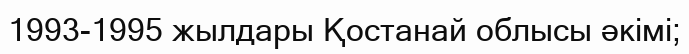
1993-1995 жылдары Қостанай облысы әкімі;